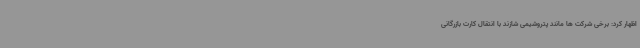
اظهار کرد: برخی شرکت ها مانند پتروشیمی شازند با انتقال کارت بازرگانی